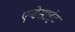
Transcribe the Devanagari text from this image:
एन्डेसाईट